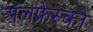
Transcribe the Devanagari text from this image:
अलफ्रेस्को